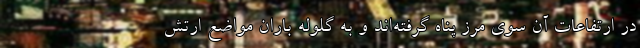
در ارتفاعات آن سوی مرز پناه گرفته‌اند و به گلوله باران مواضع ارتش